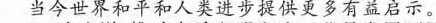
当今世界和平和人类进步提供更多有益启示。